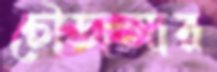
চৌডালার